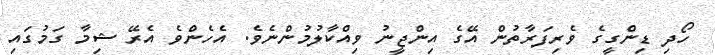
ހޯދި ޑިންގީގެ ވެރިފަރާތުން އޭގެ އިންޖީނު ވިއްކާލުމުންނެވެ. އެހެންވެ އެރޭ ޝިމާ ގަމުގައި